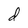
Character: d